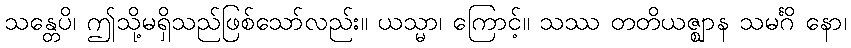
သန္တေပိ၊ ဤသို့မရှိသည်ဖြစ်သော်လည်း။ ယသ္မာ၊ ကြောင့်။ သဿ တတိယဇ္ဈာန သမင်္ဂိ နော၊